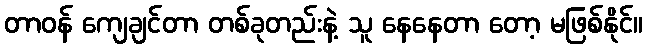
တာဝန် ကျေချင်တာ တစ်ခုတည်းနဲ့ သူ နေနေတာ တော့ မဖြစ်နိုင်။